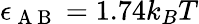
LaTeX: \epsilon_{\mathrm{~A~B~}}=1.74k_{B}T